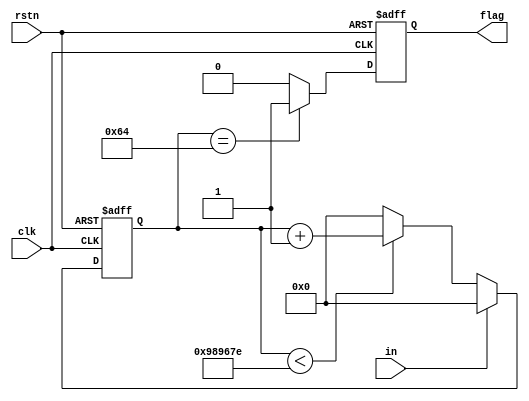
module key_fil
#(parameter MAX_CNT = 9999_999)
(
    input rstn,clk,in,
    output reg flag
);

reg [20:0]cnt;

always @(posedge clk or negedge rstn) begin
    if (!rstn)
        cnt <= 0;
    else if(in == 1'b1)
        cnt <= 0;
    else if(cnt < (MAX_CNT - 1))
        cnt <= cnt + 1;
    else 
        cnt <= 0;
end

always @(posedge clk or negedge rstn) begin
    if (!rstn)
        flag <= 0;
    else if(cnt == 100)
        flag <= 1;
    else
        flag <= 0;
end

endmodule